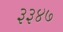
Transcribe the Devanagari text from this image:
३३४७